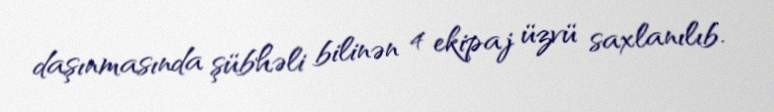
daşınmasında şübhəli bilinən 4 ekipaj üzvü saxlanılıb.